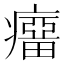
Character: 𰤆